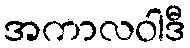
အကာလဝါဒီ